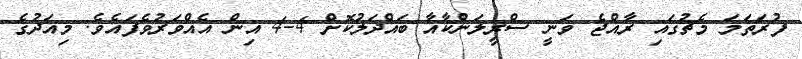
ފުރަތަމަ މެޗުގައި ރާއްޖެ ވަނީ ސްރީލަންކާއާ ބައްދަލުކޮށް 4-4 އިން އެއްވަރުވެފައެވެ. މިއަދުގެ